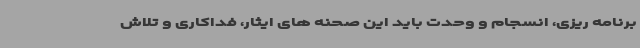
برنامه ریزی، انسجام و وحدت باید این صحنه های ایثار، فداکاری و تلاش